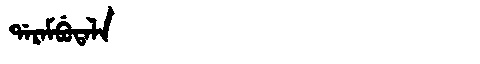
Manchu: ᡩᠠᡵᠠᠮᠪᡠᡨᠠᠯᠠ
Romanization: DARAMBUTALA